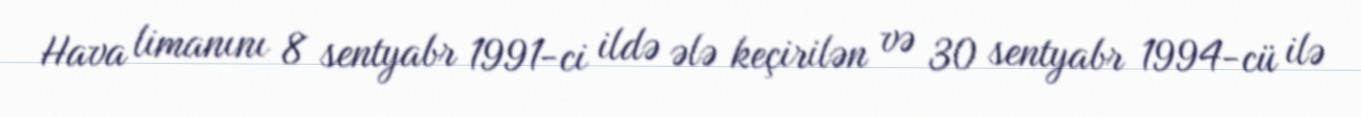
Hava limanını 8 sentyabr 1991-ci ildə ələ keçirilən və 30 sentyabr 1994-cü ilə